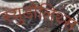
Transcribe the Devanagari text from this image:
स्युडोलिथ्स